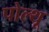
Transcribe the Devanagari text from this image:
पोल्थू